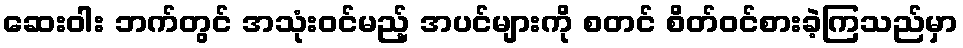
ဆေးဝါး ဘက်တွင် အသုံးဝင်မည့် အပင်များကို စတင် စိတ်ဝင်စားခဲ့ကြသည်မှာ